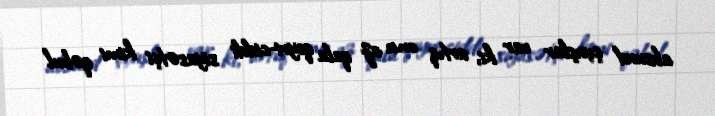
absurd çıxışlar var ki, artıq onu az qala qeyri-ciddi siyasətçi kimi qəbul